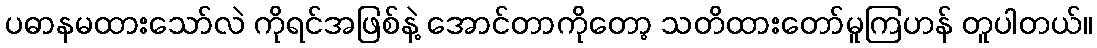
ပဓာနမထားသော်လဲ ကိုရင်အဖြစ်နဲ့ အောင်တာကိုတော့ သတိထားတော်မူကြဟန် တူပါတယ်။